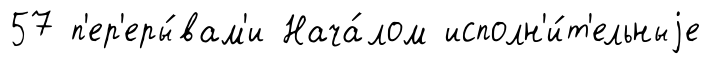
57 п'ер'еры́вам'и Нача́лом исполн'и́т'ельныjе